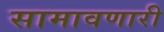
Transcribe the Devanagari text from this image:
सामावणारी